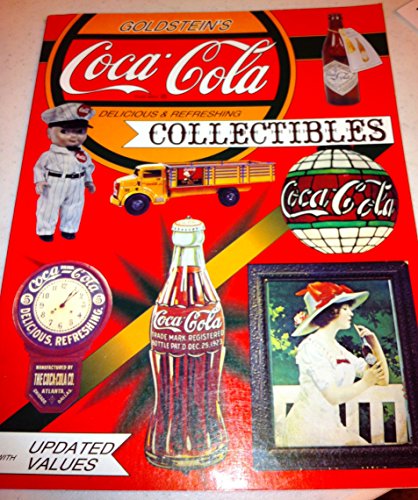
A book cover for Goldstein's Coca-Cola Collectibles: An Illustrated Value Guide; Shelly Goldstein; Crafts, Hobbies & Home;